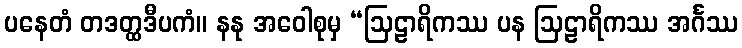
ပနေတံ တဒတ္ထဒီပကံ။ နနု အဝေါစုမှ “ဩဠာရိကဿ ပန ဩဠာရိကဿ အင်္ဂဿ